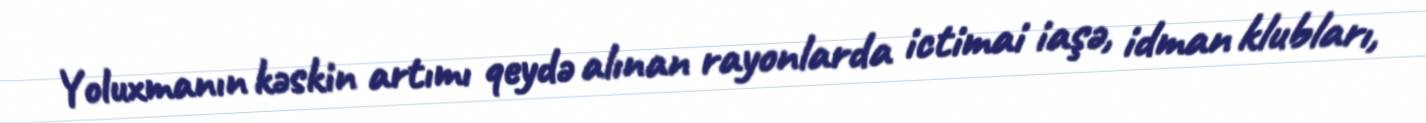
Yoluxmanın kəskin artımı qeydə alınan rayonlarda ictimai iaşə, idman klubları,